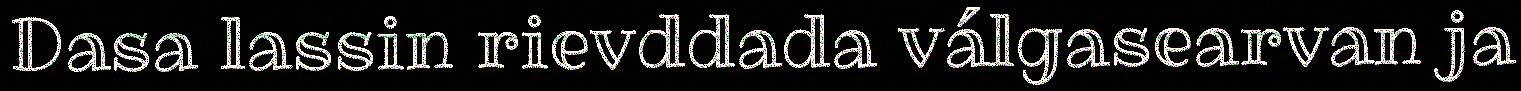
Dasa lassin rievddada válgasearvan ja